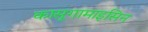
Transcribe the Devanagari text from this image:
कासूगामाइसिन